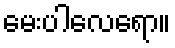
မေးပါလေရော။